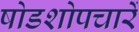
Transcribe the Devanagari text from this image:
षोडशोपचारें